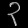
Digit: ၃